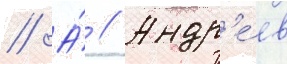
// А́ // Андр'е́ев